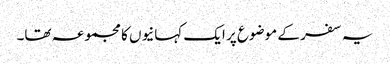
یہ سفر کے موضوع پر ایک کہانیوں کا مجموعہ تھا۔